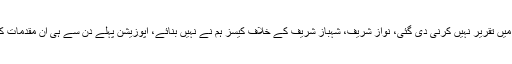
انہوں نے کہا کہ مجھے پہلے دن پارلیمنٹ میں تقریر نہیں کرنی دی گئی، نواز شریف، شہباز شریف کے خلاف کیسز ہم نے نہیں بنائے، اپوزیشن پہلے دن سے ہی ان مقدمات کے لئے مجھے کیوں ذمہ دار سمجھتے ہیں۔